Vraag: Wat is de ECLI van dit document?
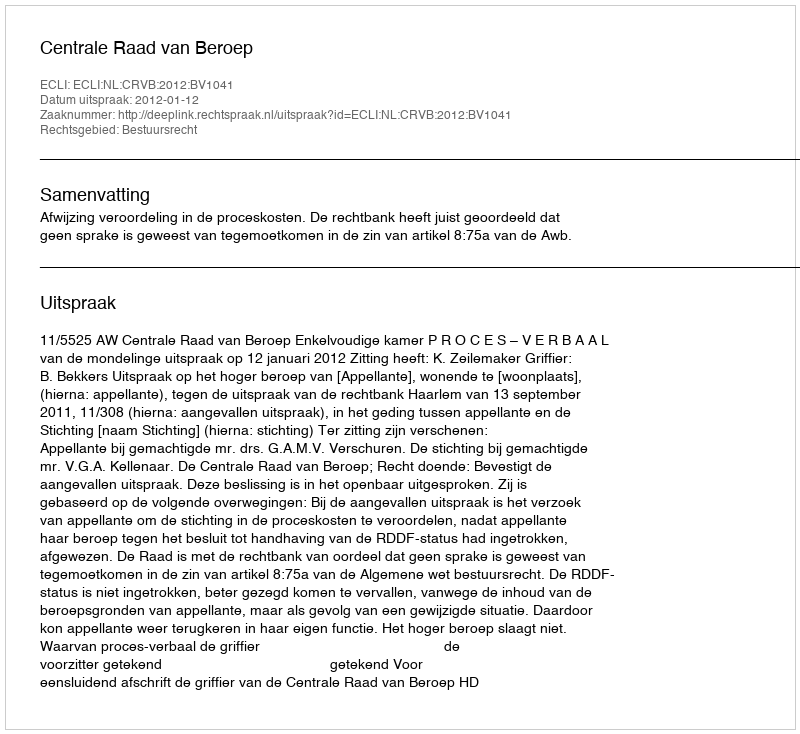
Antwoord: ECLI:NL:CRVB:2012:BV1041